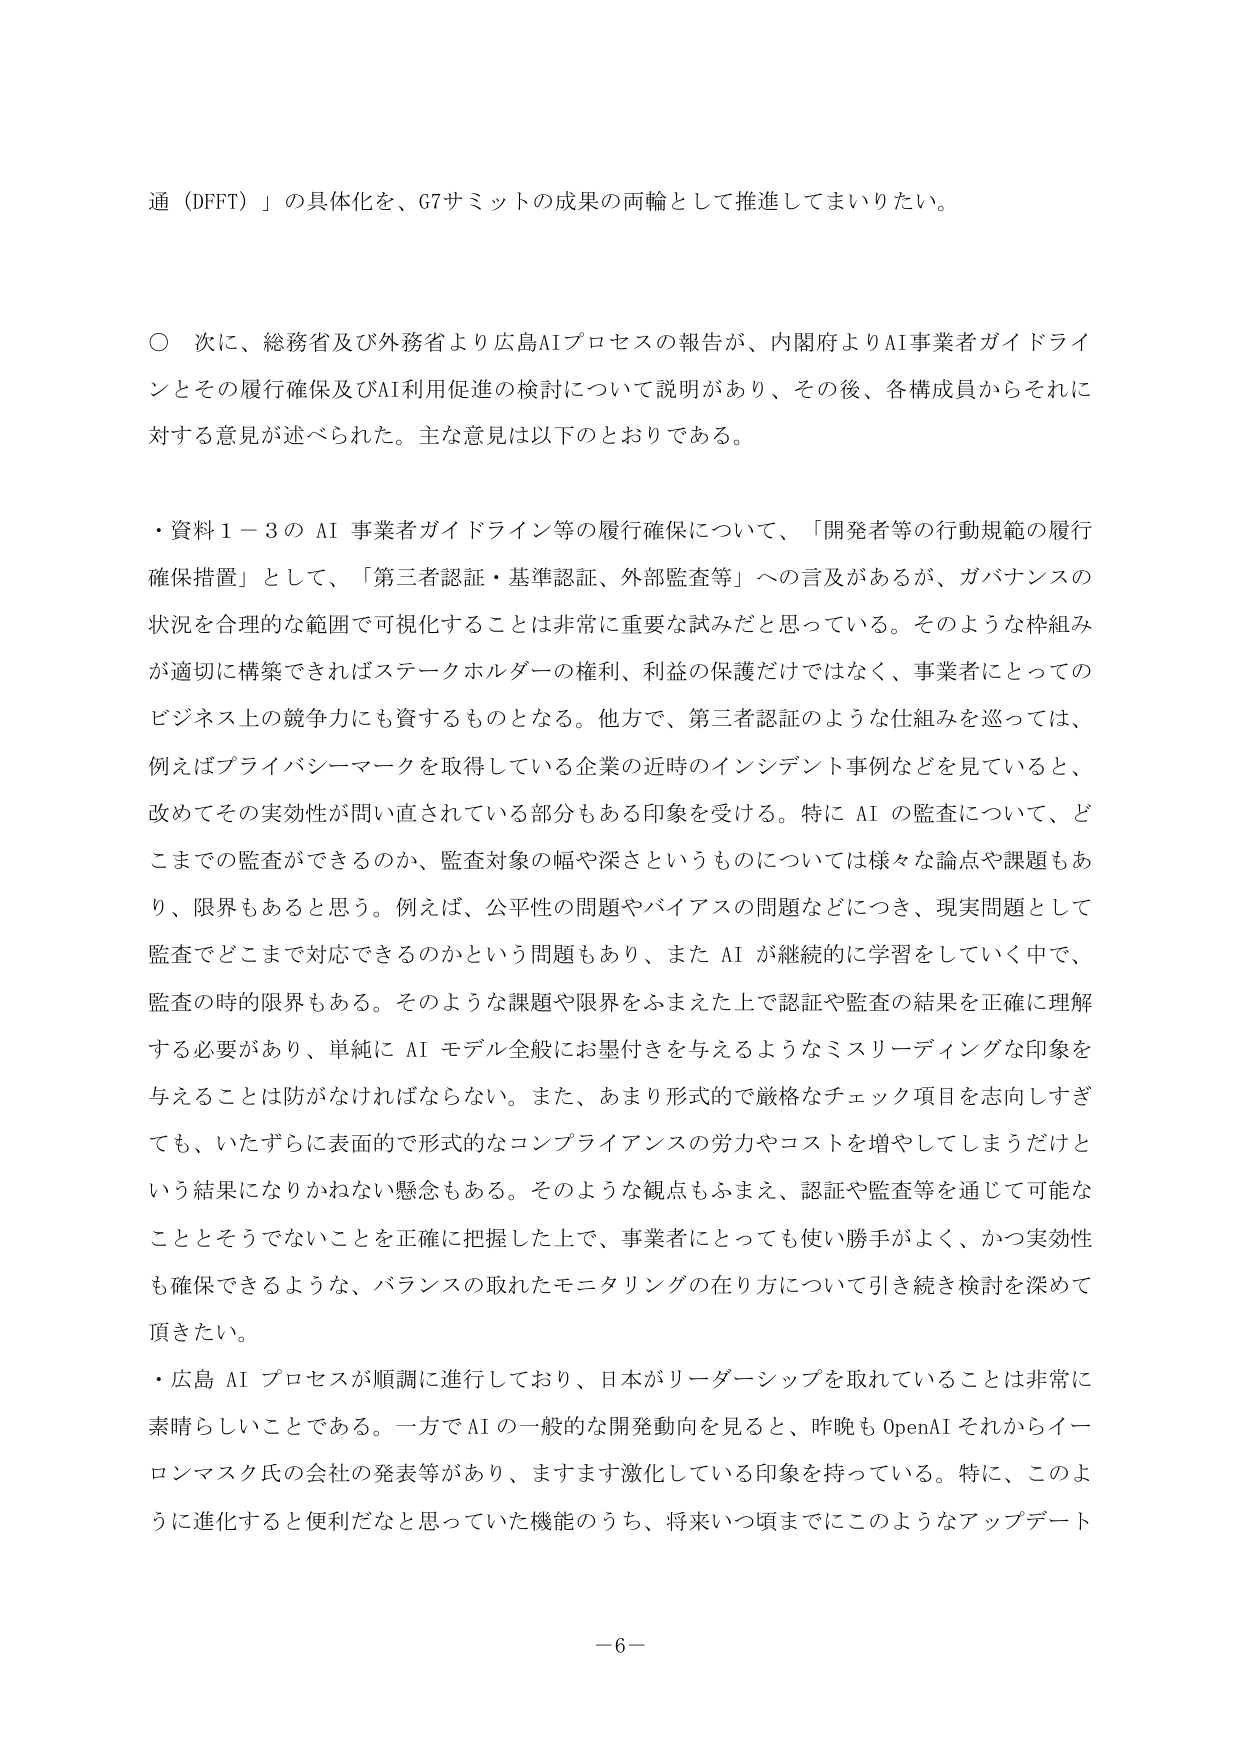
通（DFFT）」の具体化を、G7サミットの成果の両輪として推進してまいりたい。

○ 次に、総務省及び外務省より広島AIプロセスの報告が、内閣府よりAI事業者ガイドラインとその履行確保及びAI利用促進の検討について説明があり、その後、各構成員からそれに対する意見が述べられた。主な意見は以下のとおりである。

・資料１－３の AI 事業者ガイドライン等の履行確保について、「開発者等の行動規範の履行確保措置」として、「第三者認証・基準認証、外部監査等」への言及があるが、ガバナンスの状況を合理的な範囲で可視化することは非常に重要な試みだと思っている。そのような枠組みが適切に構築できればステークホルダーの権利、利益の保護だけではなく、事業者にとってのビジネス上の競争力にも資するものとなる。他方で、第三者認証のような仕組みを巡っては、例えばプライバシーマークを取得している企業の近時のインシデント事例などを見ていると、改めてその実効性が問い直されている部分もある印象を受ける。特に AI の監査について、どこまでの監査ができるのか、監査対象の幅や深さというものについては様々な論点や課題もあり、限界もあると思う。例えば、公平性の問題やバイアスの問題などにつき、現実問題として監査でどこまで対応できるのかという問題もあり、また AI が継続的に学習をしていく中で、監査の時の限界もある。そのような課題や限界をふまえた上で認証や監査の結果を正確に理解する必要があり、単純に AI モデル全般にお墨付きを与えるようなミスリーディングな印象を与えることは防がなければならない。また、あまり形式的で厳格なチェック項目を志向しすぎても、いたずらに表面的で形式的なコンプライアンスの労力やコストを増やしてしまうだけという結果になりかねない懸念もある。そのような観点もふまえ、認証や監査等を通じて可能なこととそうでないことを正確に把握した上で、事業者にとっても使い勝手がよく、かつ実効性も確保できるような、バランスの取れたモニタリングの在り方について引き続き検討を深めて頂きたい。

・広島 AI プロセスが順調に進行しており、日本がリーダーシップを取れていることは非常に素晴らしいことである。一方でAIの一般的な開発動向を見ると、昨晩もOpenAIそれからイーロンマスク氏の会社の発表等があり、ますます激化している印象を持っている。特に、このように進化すると便利だなと思っていた機能のうち、将来いつ頃までにこのようなアップデート

－6－